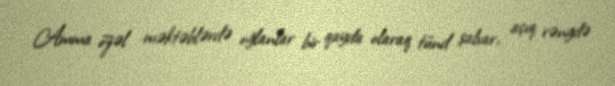
Amma özəl məktəblərdə oğlanlar bir qayda olaraq tünd şalvar, açıq rəngdə